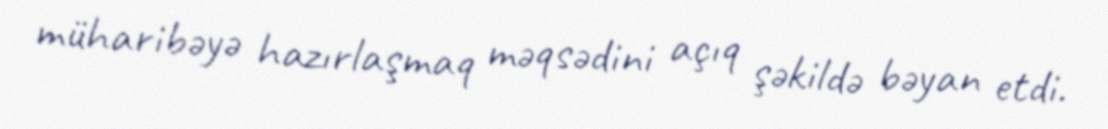
müharibəyə hazırlaşmaq məqsədini açıq şəkildə bəyan etdi.